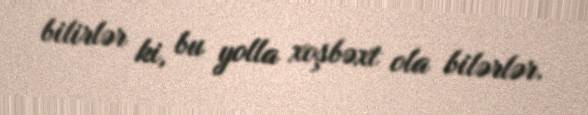
bilirlər ki, bu yolla xoşbəxt ola bilərlər.